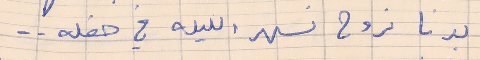
بدنا نروح نسهر الليله في حفله . .